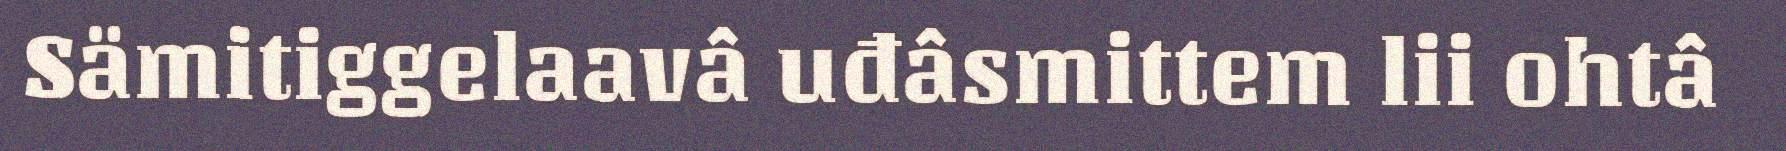
Sämitiggelaavâ uđâsmittem lii ohtâ